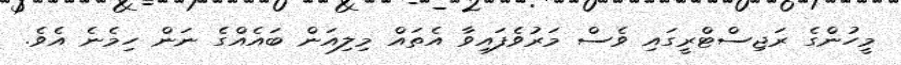
މީހުންގެ ރަޖިސްޓްރީގައި ވެސް މަރުވެފައިވާ އެތައް މިލިއަން ބައެއްގެ ނަން ހިމެނެ އެވެ.